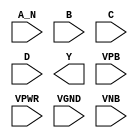
/**
 * Copyright 2020 The SkyWater PDK Authors
 *
 * Licensed under the Apache License, Version 2.0 (the "License");
 * you may not use this file except in compliance with the License.
 * You may obtain a copy of the License at
 *
 *     https://www.apache.org/licenses/LICENSE-2.0
 *
 * Unless required by applicable law or agreed to in writing, software
 * distributed under the License is distributed on an "AS IS" BASIS,
 * WITHOUT WARRANTIES OR CONDITIONS OF ANY KIND, either express or implied.
 * See the License for the specific language governing permissions and
 * limitations under the License.
 *
 * SPDX-License-Identifier: Apache-2.0
 */

`ifndef SKY130_FD_SC_MS__NAND4B_PP_SYMBOL_V
`define SKY130_FD_SC_MS__NAND4B_PP_SYMBOL_V

/**
 * nand4b: 4-input NAND, first input inverted.
 *
 * Verilog stub (with power pins) for graphical symbol definition
 * generation.
 *
 * WARNING: This file is autogenerated, do not modify directly!
 */

`timescale 1ns / 1ps
`default_nettype none

(* blackbox *)
module sky130_fd_sc_ms__nand4b (
    //# {{data|Data Signals}}
    input  A_N ,
    input  B   ,
    input  C   ,
    input  D   ,
    output Y   ,

    //# {{power|Power}}
    input  VPB ,
    input  VPWR,
    input  VGND,
    input  VNB
);
endmodule

`default_nettype wire
`endif  // SKY130_FD_SC_MS__NAND4B_PP_SYMBOL_V